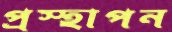
প্রস্হাপন